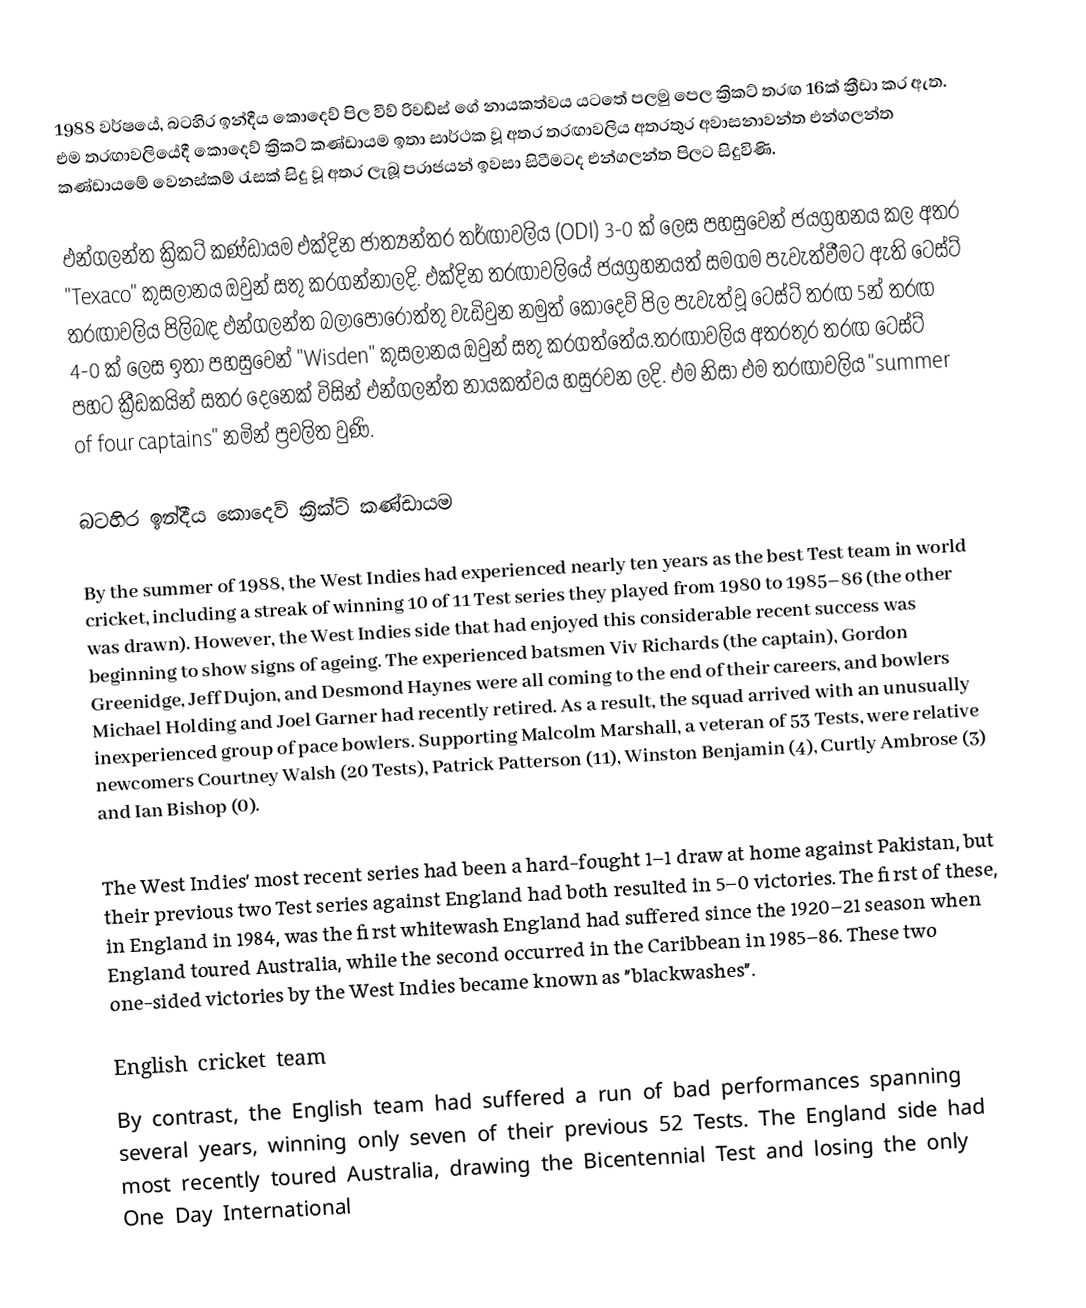
1988 වර්ෂයේ, බටහිර ඉන්දීය කොදෙව් පිල වීව් රිචඩ්ස් ගේ නායකත්වය යටතේ පලමු පෙල ක්‍රිකට් තරඟ 16ක් ක්‍රීඩා කර ඇත. එම තරඟාවලියේදී කොදෙව් ක්‍රිකට් කණ්ඩායම ඉතා සාර්ථක වූ අතර තරඟාවලිය අතරතුර අවාසනාවන්ත එන්ගලන්ත කණ්ඩායමේ වෙනස්කම් රැසක් සිදු වූ අතර ලැබූ පරාජයන් ඉවසා සිටීමටද එන්ගලන්ත පිලට සිදුවිණි.

එන්ගලන්ත ක්‍රිකට් කණ්ඩායම එක්දින ජාත්‍යන්තර තර්ඟාවලිය (ODI) 3-0 ක් ලෙස පහසුවෙන් ජයග්‍රහනය කල අතර "Texaco" කුසලානය ඔවුන් සතු කරගන්නාලදි. එක්දින තරඟාවලියේ ජයග්‍රහනයත් සමගම පැවැත්වීමට ඇති ටෙස්ට් තරඟාවලිය පිලිබඳ එන්ගලන්ත බලාපොරොත්තු වැඩිවුන නමුත් කොදෙව් පිල පැවැත්වූ ටෙස්ට් තරඟ 5න් තරඟ 4-0 ක් ලෙස ඉතා පහසුවෙන් "Wisden" කුසලානය ඔවුන් සතු කරගත්තේය.තරඟාවලිය අතරතුර තරඟ ටෙස්ට් පහට ක්‍රීඩකයින් සතර දෙනෙක් විසින් එන්ගලන්ත නායකත්වය හසුරවන ලදි. එම නිසා එම තරඟාවලිය "summer of four captains" නමින් ප්‍රචලිත වුණි.

බටහිර ඉන්දීය කොදෙව් ක්‍රික්ට් කණ්ඩායම

By the summer of 1988, the West Indies had experienced nearly ten years as the best Test team in world cricket, including a streak of winning 10 of 11 Test series they played from 1980 to 1985–86 (the other was drawn).  However, the West Indies side that had enjoyed this considerable recent success was beginning to show signs of ageing. The experienced batsmen Viv Richards (the captain), Gordon Greenidge, Jeff Dujon, and Desmond Haynes were all coming to the end of their careers, and bowlers Michael Holding and Joel Garner had recently retired. As a result, the squad arrived with an unusually inexperienced group of pace bowlers.  Supporting Malcolm Marshall, a veteran of 53 Tests, were relative newcomers Courtney Walsh (20 Tests), Patrick Patterson (11), Winston Benjamin (4), Curtly Ambrose (3) and Ian Bishop (0).

The West Indies' most recent series had been a hard-fought 1–1 draw at home against Pakistan, but their previous two Test series against England had both resulted in 5–0 victories. The first of these, in England in 1984, was the first whitewash England had suffered since the 1920–21 season when England toured Australia, while the second occurred in the Caribbean in 1985–86. These two one-sided victories by the West Indies became known as "blackwashes".

English cricket team
By contrast, the English team had suffered a run of bad performances spanning several years, winning only seven of their previous 52 Tests.  The England side had most recently toured Australia, drawing the Bicentennial Test and losing the only One Day International